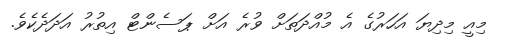
މިއީ މިދިޔަ އަހަރުގެ އެ މުއްދަތަށް ވުރެ އަށް ޕަސެންޓް އިތުރު އަދަދެކެވެ.